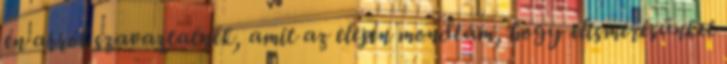
én arról szavaztatnék, amit az elején mondtam, hogy elismerésünket